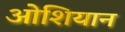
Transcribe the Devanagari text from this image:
ओशियान